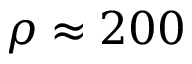
\rho \approx 2 0 0